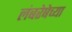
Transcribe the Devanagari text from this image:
लंबरेषेच्या